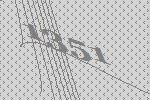
1351